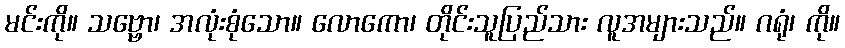
မင်းကို။ သဗ္ဗော၊ အလုံးစုံသော။ လောကော၊ တိုင်းသူပြည်သား လူအများသည်။ ဂရုံ၊ ကို။